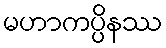
မဟာကပ္ပိနဿ